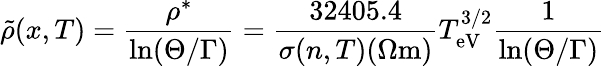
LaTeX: \tilde{\rho}(x,T)=\frac{\rho^{*}}{\ln(\Theta/\Gamma)}=\frac{32405.4}{\sigma(n,T)(\Omega\mathrm{m})}T_{\mathrm{eV}}^{3/2}\frac{1}{\ln(\Theta/\Gamma)}